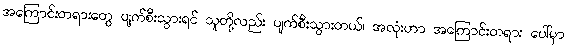
အကြောင်းတရားတွေ ပျက်စီးသွားရင် သူတို့လည်း ပျက်စီးသွားတယ်၊ အလုံးဟာ အကြောင်းတရား ပေါ်မှာ